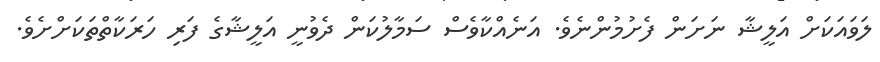
ލަވައަކަށް އަލީޝާ ނަށަން ފެށުމުންނެވެ. އަނެއްކާވެސް ސަމާލުކަން ދެވުނީ އަލީޝާގެ ފަރި ހަރަކާތްތަކަށްށެވެ.